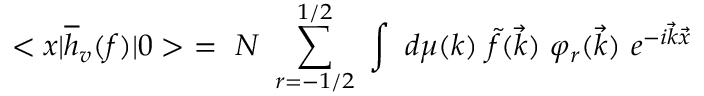
< x { \mid } \overline { { { h } } } _ { v } ( f ) { \mid } 0 > \ = \ N \ \sum _ { r = - 1 / 2 } ^ { 1 / 2 } \ \int \ d \mu ( k ) \ \tilde { f } ( \vec { k } ) \ { \varphi } _ { r } ( \vec { k } ) \ e ^ { - i \vec { k } \vec { x } }